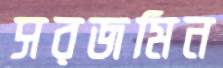
সরজমিন